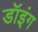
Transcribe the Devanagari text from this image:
डॉइंग